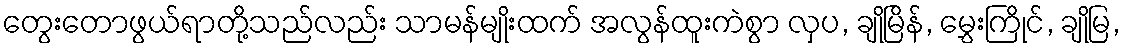
တွေးတောဖွယ်ရာတို့သည်လည်း သာမန်မျိုးထက် အလွန်ထူးကဲစွာ လှပ, ချိုမြိန်, မွှေးကြိုင်, ချိုမြ,